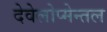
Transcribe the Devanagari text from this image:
देवेलोप्मेन्तल